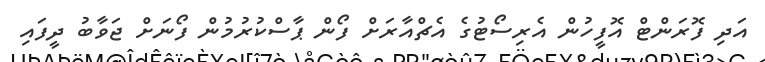
އަދި ފޮރަންޓް އޮފީހުން އެރިސޯޓުގެ އެޗްއާރަށް ފޯން ޕާސްކުރުމުން ފޯނަށް ޖަވާބު ދީފައި